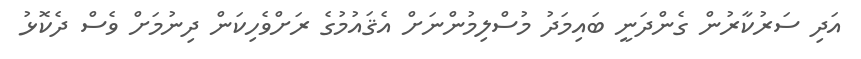
އަދި ސަރުކާރުން ގެންދަނީ ބައިމަދު މުސްލިމުންނަށް އެޤައުމުގެ ރަށްވެހިކަން ދިނުމަށް ވެސް ދެކޮޅު